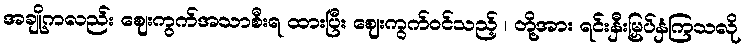
အချို့ကလည်း ဈေးကွက်အသာစီးရ ထားပြီး ဈေးကွက်ဝင်သည့် ၊ တို့အား ရင်းနှီးမြှပ်နှံကြသလို